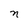
Character: n